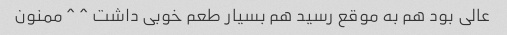
عالی بود هم به موقع رسید هم بسیار طعم خوبی داشت ^ ^ ممنون